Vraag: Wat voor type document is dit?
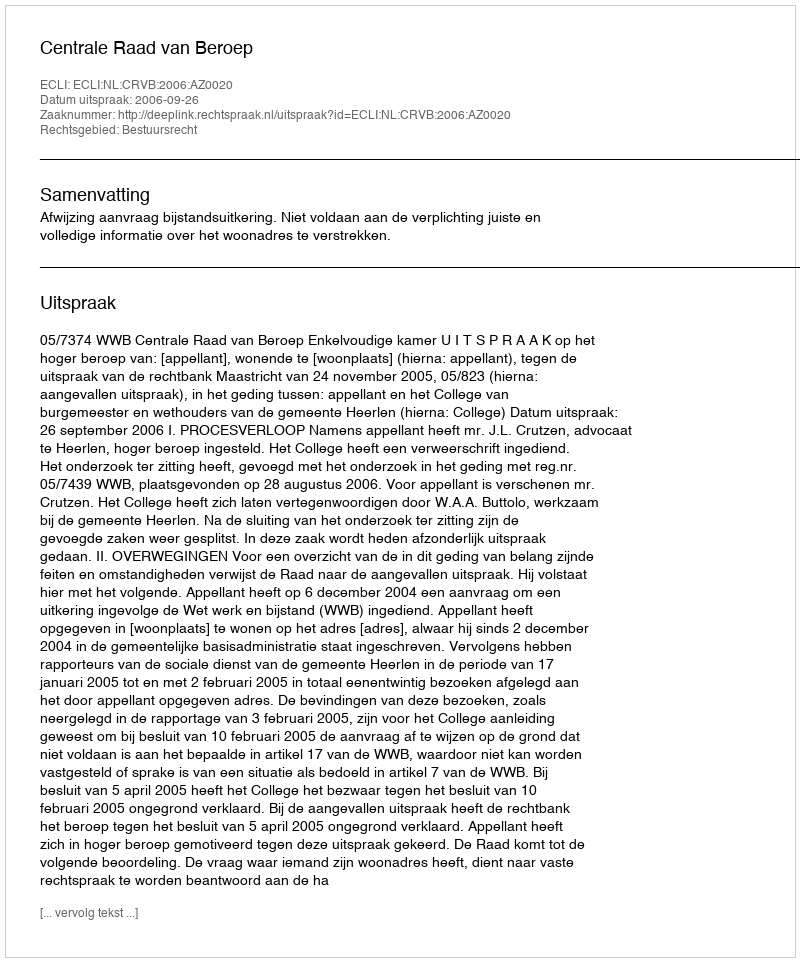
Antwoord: Uitspraak